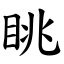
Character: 眺